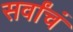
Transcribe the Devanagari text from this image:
सर्वांचं